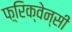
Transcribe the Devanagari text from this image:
फ़्रिक्वेन्सी